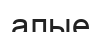
алые